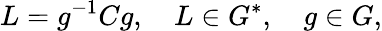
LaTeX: L=g^{-1}Cg,\quad L\in G^{*},\quad g\in G,